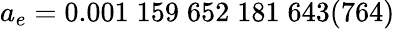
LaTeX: a_{e}=0.001\; 159\; 652\; 181\; 643(764)